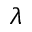
\lambda